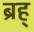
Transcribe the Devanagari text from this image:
ब्रह्